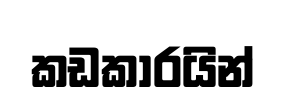
කඩකාරයින්